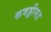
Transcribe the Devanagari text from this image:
कबड्डीसह